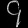
Digit: ၄